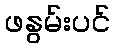
ဖနွမ်းပင်